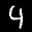
Label: 4